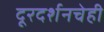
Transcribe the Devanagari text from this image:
दूरदर्शनचेही